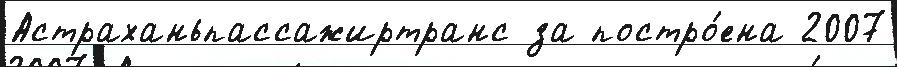
Астраханьпассажиртранс за постро́ена 2007